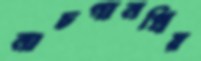
নাচগানপ্রিয়